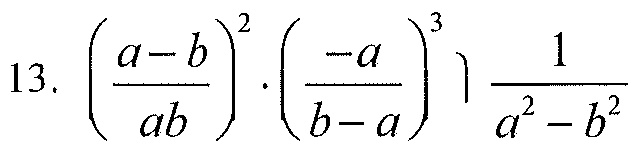
13. \(\left(\dfrac{a - b}{ab}\right)^{2}\cdot\left(\dfrac{-a}{b - a}\right)^{3}\div\dfrac{1}{a^{2}-b^{2}}\)